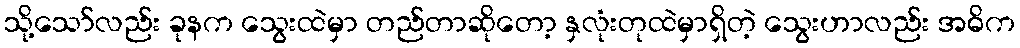
သို့သော်လည်း ခုနက သွေးထဲမှာ တည်တာဆိုတော့ နှလုံးတုထဲမှာရှိတဲ့ သွေးဟာလည်း အဓိက